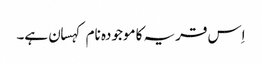
اِس قریہ کا موجودہ نام کہسان ہے۔